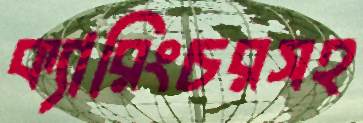
ক্যারিংচরসহ